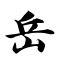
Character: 岳